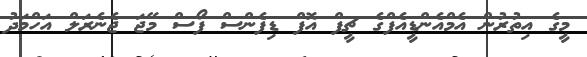
މީގެ އިތުރުން އެމްއެންޑީއެފްގެ ޗީފް އޮފް ޑިފެންސް ފޯސް މޭޖަ ޖެނެރަލް އަހްމަދު